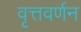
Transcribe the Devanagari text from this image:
वृत्तवर्णन